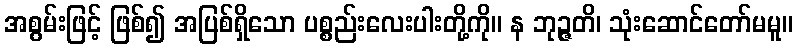
အစွမ်းဖြင့် ဖြစ်၍ အပြစ်ရှိသော ပစ္စည်းလေးပါးတို့ကို။ န ဘုဉ္ဇတိ၊ သုံးဆောင်တော်မမူ။